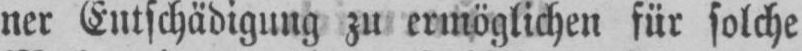
ner Entschädigung zu ermöglichen für solche